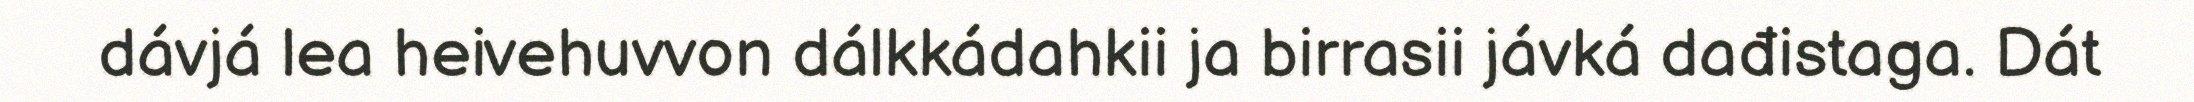
dávjá lea heivehuvvon dálkkádahkii ja birrasii jávká dađistaga. Dát